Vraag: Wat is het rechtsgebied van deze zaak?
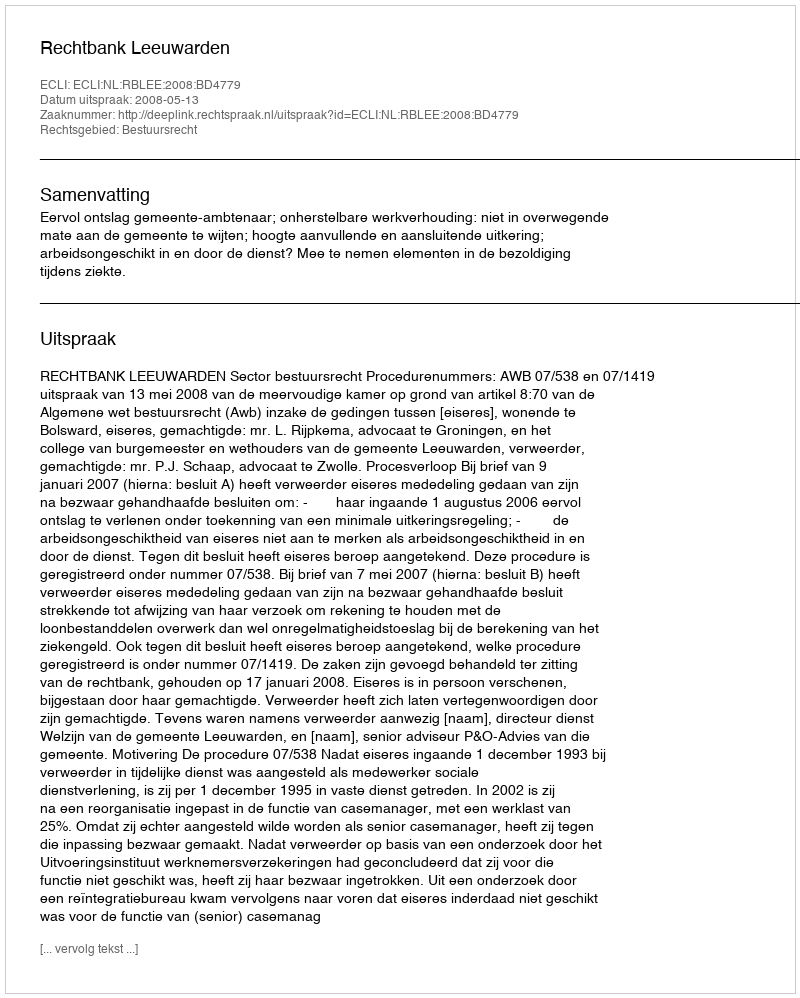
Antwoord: Bestuursrecht